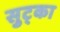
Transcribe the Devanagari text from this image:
सुट्का